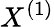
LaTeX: X^{(1)}